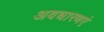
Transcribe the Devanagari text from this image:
अवधारणएं